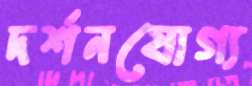
দর্শনযোগ্য